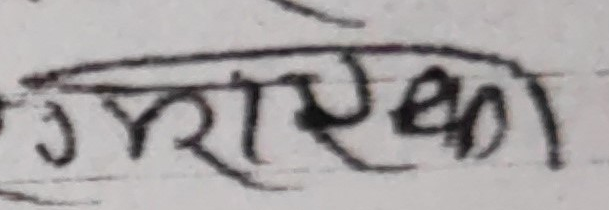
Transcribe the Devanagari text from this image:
स्मरणिका